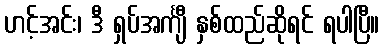
ဟင့်အင်း၊ ဒီ ရှပ်အင်္ကျီ နှစ်ထည်ဆိုရင် ရပါပြီ။